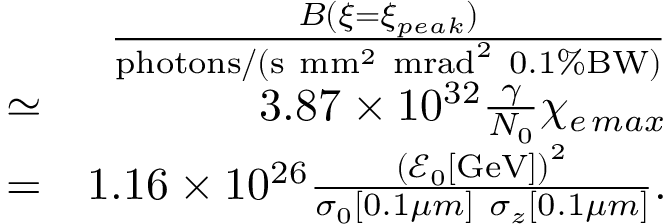
\begin{array} { r l r } & { } & { \frac { B ( \xi = \xi _ { p e a k } ) } { \mathrm { p h o t o n s } / ( \mathrm { s } \ \mathrm { m m } ^ { 2 } \ \mathrm { m r a d } ^ { 2 } \ 0 . 1 \% \mathrm { B W } ) } } \\ & { \simeq } & { 3 . 8 7 \times 1 0 ^ { 3 2 } \frac { \gamma } { N _ { 0 } } \chi _ { e \, m a x } } \\ & { = } & { 1 . 1 6 \times 1 0 ^ { 2 6 } \frac { \left( \mathcal { E } _ { 0 } [ \mathrm { G e V } ] \right) ^ { 2 } } { \sigma _ { 0 } [ 0 . 1 \mu m ] \ \sigma _ { z } [ 0 . 1 \mu m ] } . } \end{array}